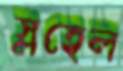
স্লহেল